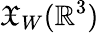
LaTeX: \mathfrak{X}_{W}(\mathbb{R}^{3})